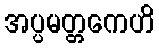
အပ္ပမတ္တကေဟိ